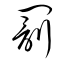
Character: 罰